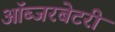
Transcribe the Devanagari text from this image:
ऑब्‍जरबेटरी